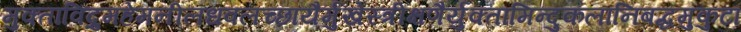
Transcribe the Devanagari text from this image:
मुक्ताविद्रुमहेमनीलधवलच्छायैर्मुखेस्त्रीक्षणैर्युक्तामिन्दुकलानिबद्धमुकुटां